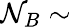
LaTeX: \mathcal{N}_{B}\sim